Jaan_Tonisson_(Lasteleht), lk 346
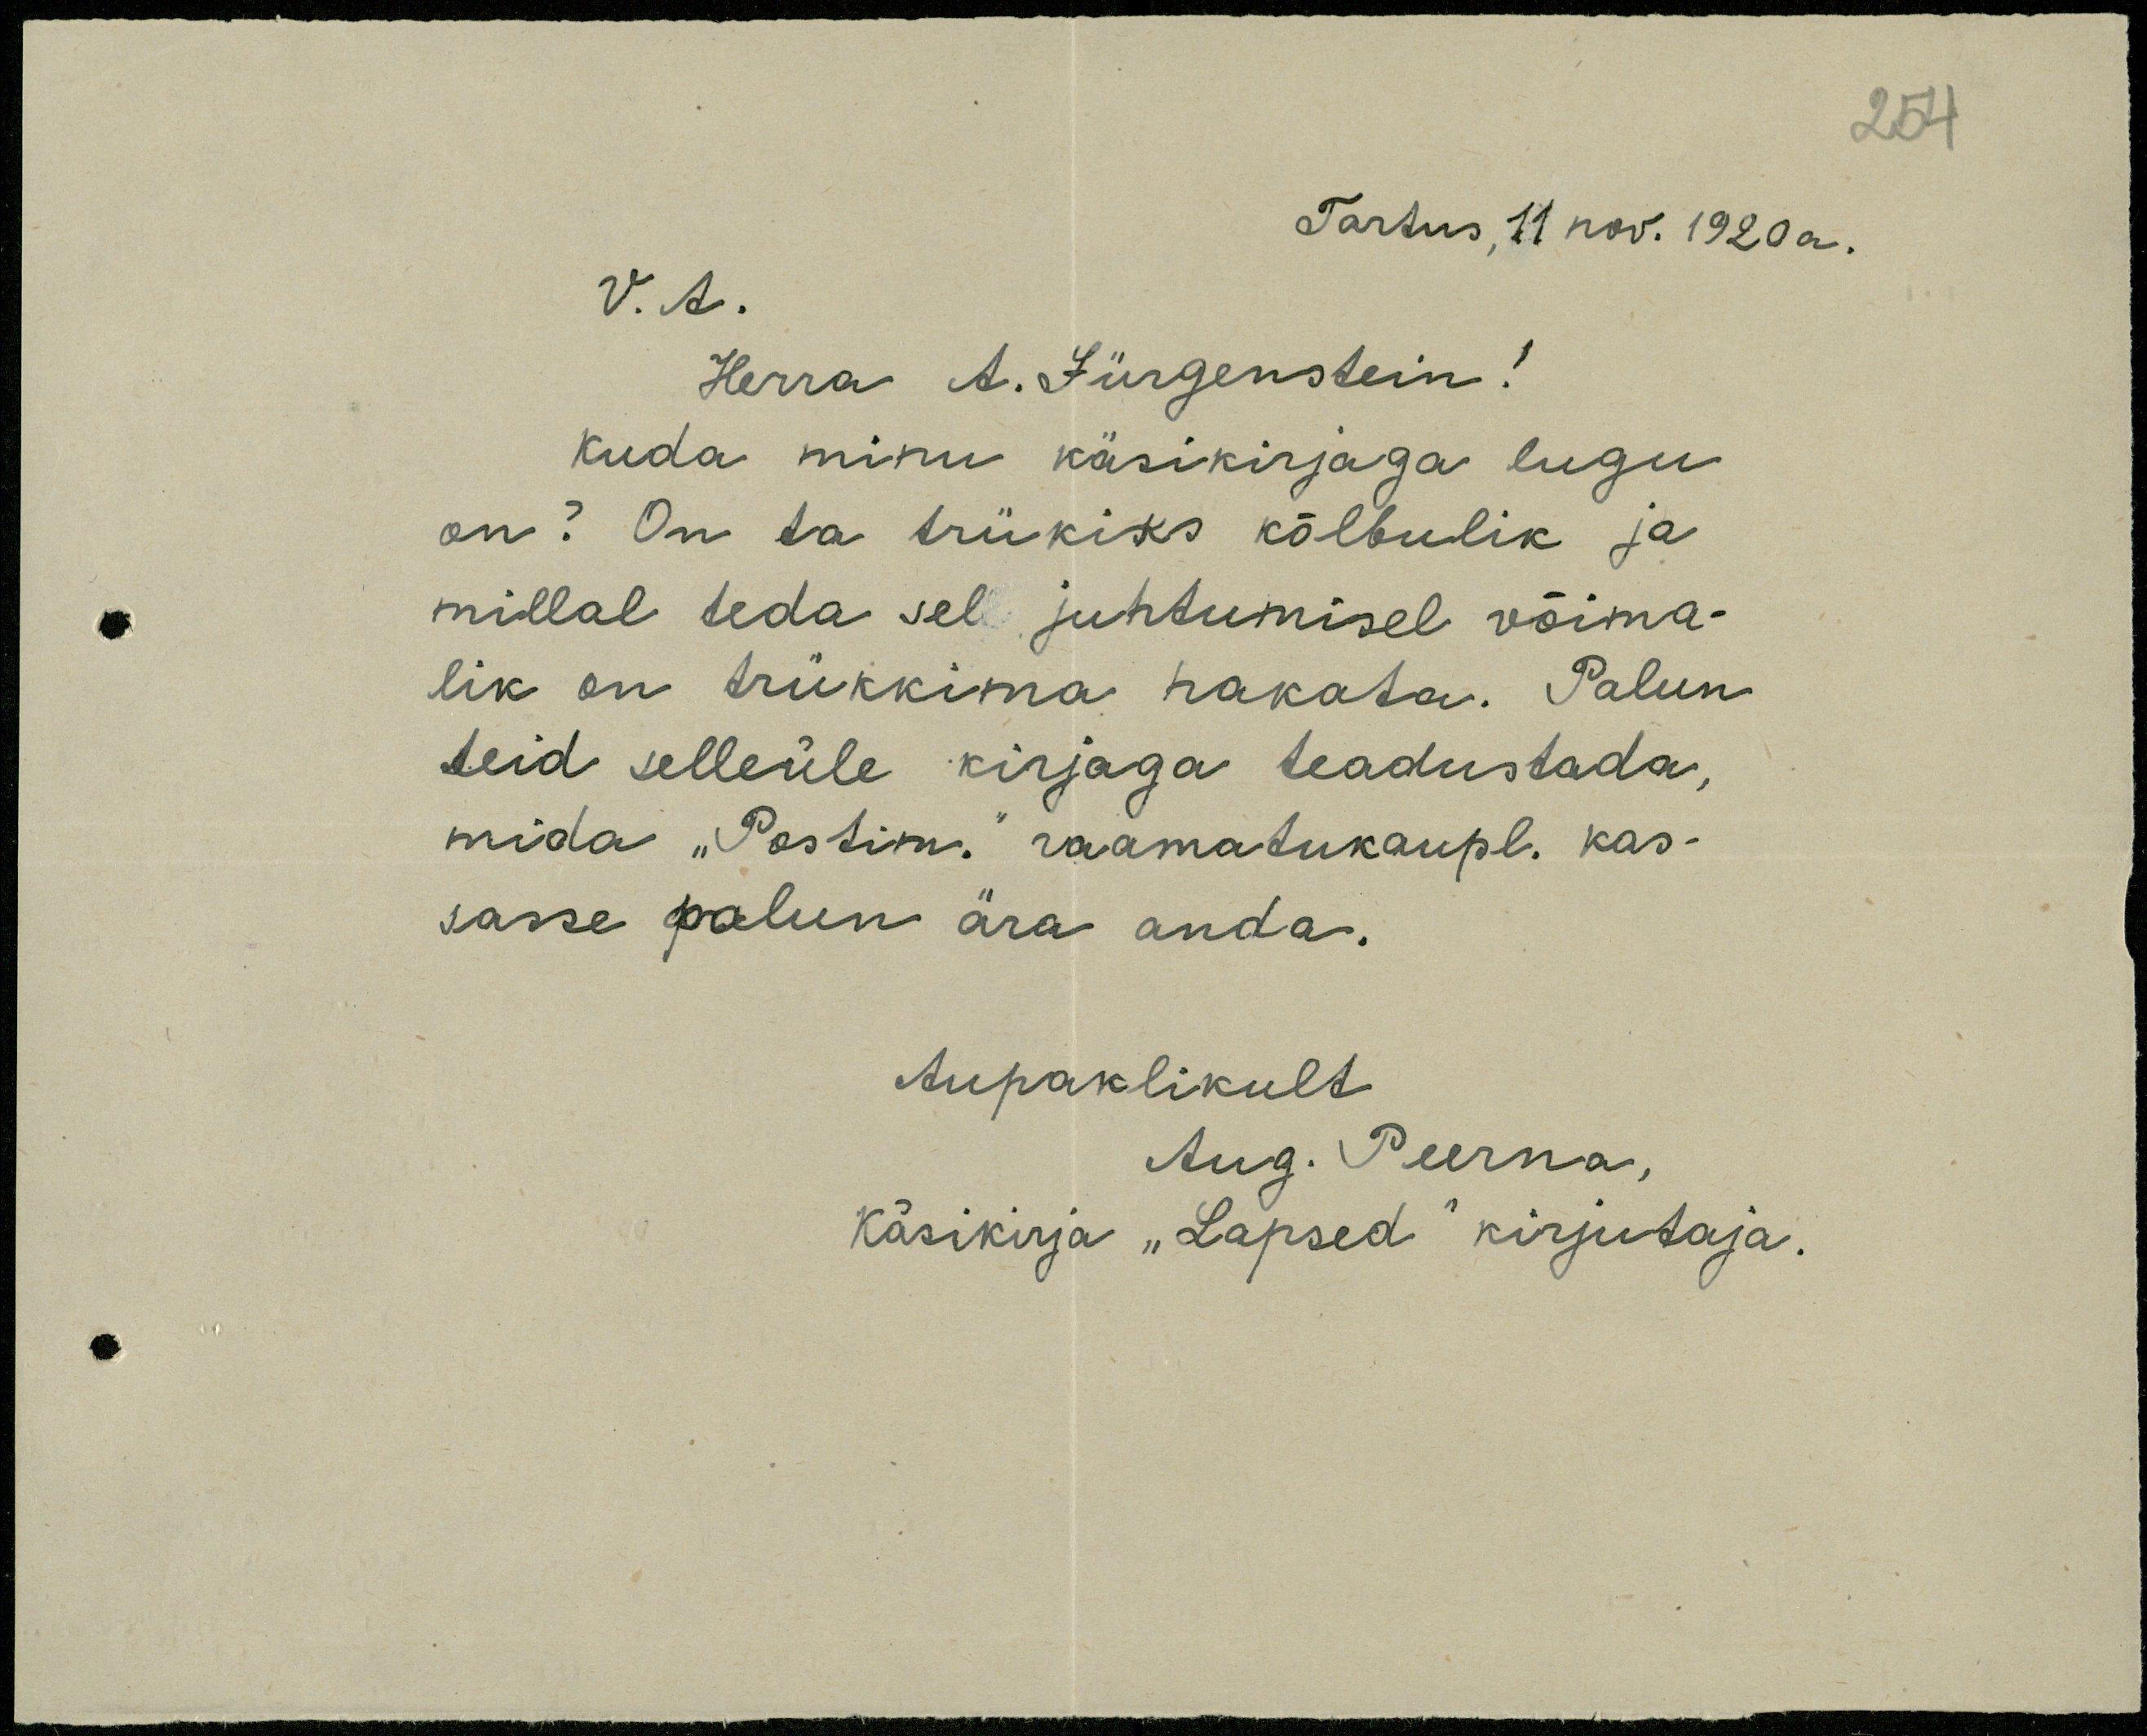
254

Tartus, 11 nov. 1920a.
V.A.
Herra A. Jürgenstein!
kuda minu käsikirjaga lugu
on? On ta trükiks kõlbulik ja
millal teda sel juhtumisel võima-
lik on trükkima hakata. Palun
teid selleüle kirjaga teadustada,
mida "Postim." raamatukaupl. kas-
sasse palun ära anda.
Aupaklikult
Aug. Peerna,
Käsikirja "Lapsed" kirjutaja.